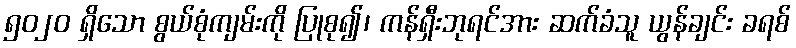
၅၀၂၀ ရှိသော စွယ်စုံကျမ်းကို ပြုစု၍၊ ကန်ရှီးဘုရင်အား ဆက်ခံသူ ယွန်ချင်း ခရစ်